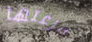
سرعتها